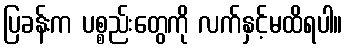
ပြခန်းက ပစ္စည်းတွေကို လက်နှင့်မထိရပါ။